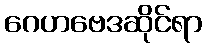
ဂေဟဗေဒဆိုင်ရာ